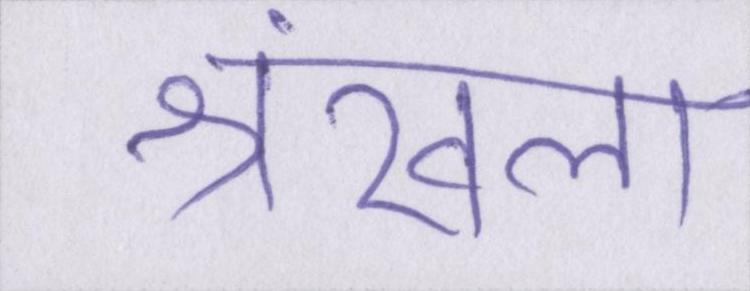
श्रंखला